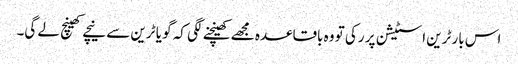
اس بار ٹرین اسٹیشن پر رکی تو وہ باقاعدہ مجھے کھینچنے لگی کہ گو یا ٹرین سے نیچے کھینچ لے گی۔